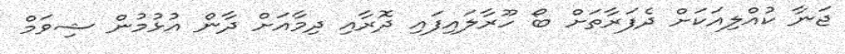
ޖަނާ ކުއްލިއަކަށް ދެފަރާތަށް ބޯ ހޫރާލައިފައި ދޮރާއި ދިމާއަށް ދާން އުޅުމުން ޝިވަމް